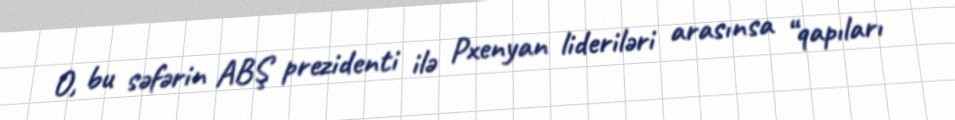
O, bu səfərin ABŞ prezidenti ilə Pxenyan lideriləri arasınsa “qapıları